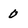
Character: 0